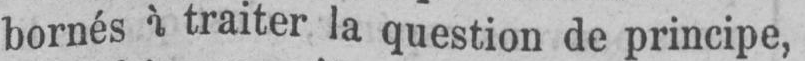
bornés à traiter la question de principe,